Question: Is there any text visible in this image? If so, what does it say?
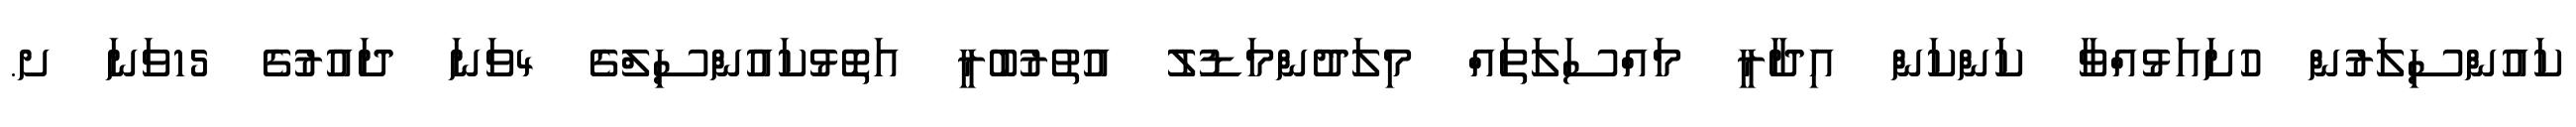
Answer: ކައުންސިލަރުން ހުށައަޅުއްވާ ކަންކަން އިދާރީ މައްސަލަތައް މިލަދުންމަޑުލު އުތުރުބުރީ އަތޮޅުކައުންސިލްގެ 4ވަނަ ދައުރުގެ 15ވަނަ ށ.